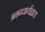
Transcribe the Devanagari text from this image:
ब्रह्मचार्यव्रत